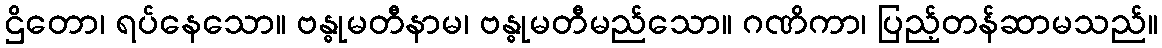
ဌိတော၊ ရပ်နေသော။ ဗန္ဓုမတီနာမ၊ ဗန္ဓုမတီမည်သော။ ဂဏိကာ၊ ပြည့်တန်ဆာမသည်။